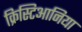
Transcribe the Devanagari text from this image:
क्रिस्टिआनिया